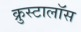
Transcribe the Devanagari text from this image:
क्रुस्टालॉस